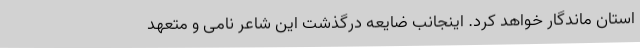
استان ماندگار خواهد کرد. اینجانب ضایعه درگذشت این شاعر نامی و متعهد